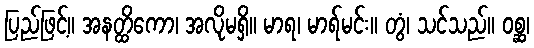
ပြည်ဖြင့်။ အနတ္ထိကော၊ အလိုမရှိ။ မာရ၊ မာရ်မင်း။ တွံ၊ သင်သည်။ ဝစ္ဆ၊